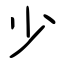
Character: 少